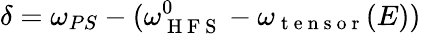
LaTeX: \delta=\omega_{PS}-(\omega_{\mathrm{~H~F~S~}}^{0}-\omega_{\mathrm{~t~e~n~s~o~r~}}(E))